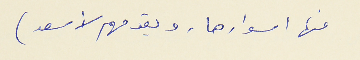
منها اسوارها. ويقدمهم لأسعد)